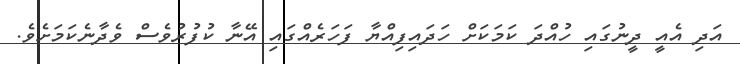
އަދި އެއީ ދީނުގައި ހުއްދަ ކަމަކަށް ހަދައިފިއްޔާ ފަހަރެއްގައި އޭނާ ކުފުރުވެސް ވެދާނެކަމަށެވެ.